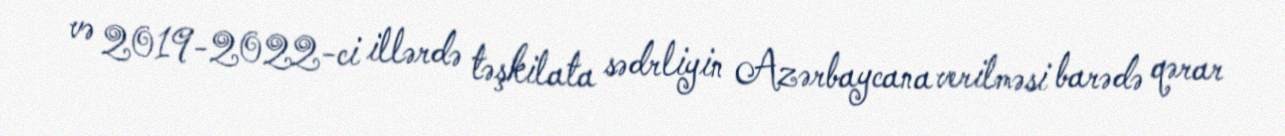
və 2019-2022-ci illərdə təşkilata sədrliyin Azərbaycana verilməsi barədə qərar